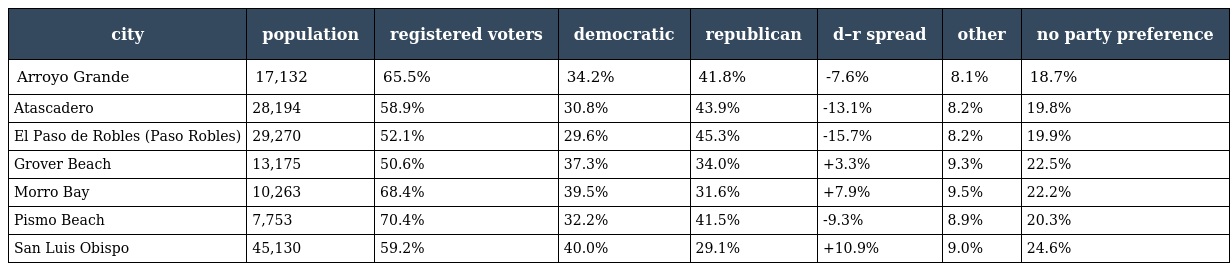
| city | population | registered voters | democratic | republican | d–r spread | other | no party preference |
 | --- | --- | --- | --- | --- | --- | --- | --- |
 | Arroyo Grande | 17,132 | 65.5% | 34.2% | 41.8% | -7.6% | 8.1% | 18.7% |
 | Atascadero | 28,194 | 58.9% | 30.8% | 43.9% | -13.1% | 8.2% | 19.8% |
 | El Paso de Robles (Paso Robles) | 29,270 | 52.1% | 29.6% | 45.3% | -15.7% | 8.2% | 19.9% |
 | Grover Beach | 13,175 | 50.6% | 37.3% | 34.0% | +3.3% | 9.3% | 22.5% |
 | Morro Bay | 10,263 | 68.4% | 39.5% | 31.6% | +7.9% | 9.5% | 22.2% |
 | Pismo Beach | 7,753 | 70.4% | 32.2% | 41.5% | -9.3% | 8.9% | 20.3% |
 | San Luis Obispo | 45,130 | 59.2% | 40.0% | 29.1% | +10.9% | 9.0% | 24.6% |